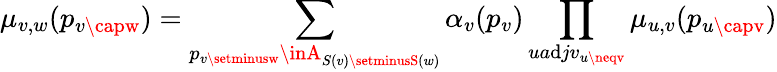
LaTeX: \mu_{v,w}(p_{v\capw})=\sum_{p_{v\setminusw}\inA_{S(v)\setminusS(w)}}\alpha_{v}(p_{v})\prod_{ua\mathrm{d}jv_{u\neqv}}\mu_{u,v}(p_{u\capv})